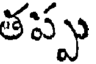
తప్పు